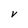
Character: V